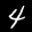
Label: 4